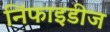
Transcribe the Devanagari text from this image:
निंफाइडीज